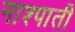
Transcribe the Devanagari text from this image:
नाश्पाती